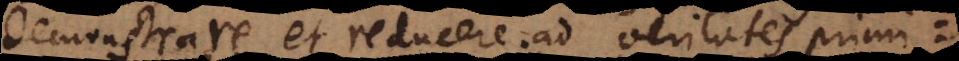
demonstrare, et reducere ad veritates primiti